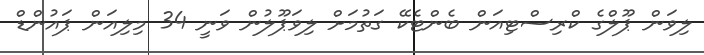
ލިވަން ޕޫލްގެ ކްރިސްޓިއަން ބެންޓެކޭ ގަތުމަށް ލިވަޕޫލުން ވަނީ 34 މިލިއަން ޕައުންޑް